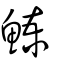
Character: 鰊